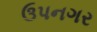
ઉપનગર